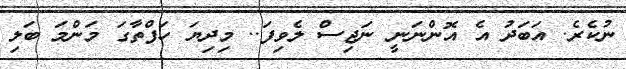
ނުކެރެ. އަބަދު އެ އޮންނަނީ ނަޖިސް ލެވިފަ.. މިދިޔަ ހަފްތާގަ މަންމަ ބަލި